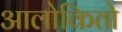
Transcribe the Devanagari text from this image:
आलोकितो